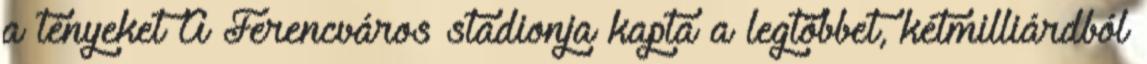
a tényeket A Ferencváros stadionja kapta a legtöbbet, kétmilliárdból